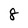
Character: 8